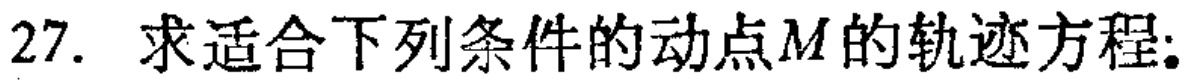
27. 求适合下列条件的动点\(M\)的轨迹方程：